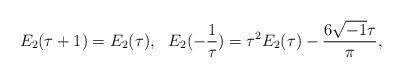
LaTeX: \begin{align*}E_2(\tau+1)=E_2(\tau),~~E_2(-\frac{1}{\tau})=\tau^2E_2(\tau)-\frac{6\sqrt{-1}\tau}{\pi},\end{align*}